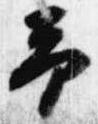
予